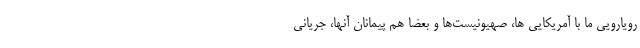
رویارویی ما با آمریکایی ها، صهیونیست‌ها و بعضا هم پیمانان آنها، جریانی